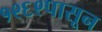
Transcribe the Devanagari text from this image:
१९६९पासून